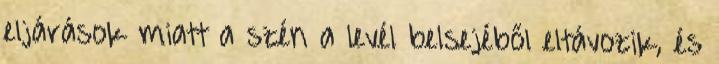
eljárások miatt a szén a levél belsejéből eltávozik, és